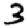
Digit: 3